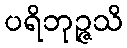
ပရိဘုဉ္ဇသိ